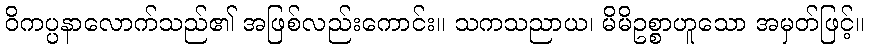
ဝိကပ္ပနာလောက်သည်၏ အဖြစ်လည်းကောင်း။ သကသညာယ၊ မိမိဥစ္စာဟူသော အမှတ်ဖြင့်။